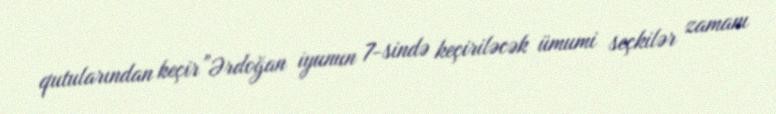
qutularından keçir”Ərdoğan iyunun 7-sində keçiriləcək ümumi seçkilər zamanı